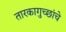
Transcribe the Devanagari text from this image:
तारकागुच्छांचे